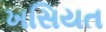
ખસિયત